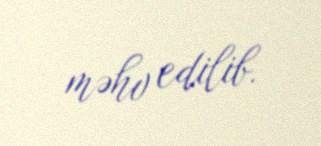
məhv edilib.